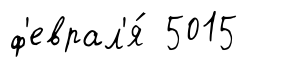
ф'еврал'я́ 5015